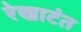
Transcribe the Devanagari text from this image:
रेखाटंत